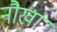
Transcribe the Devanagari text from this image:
नौखा